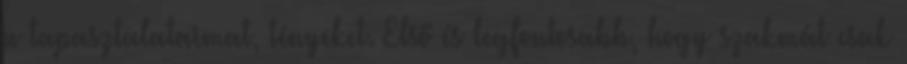
a tapasztalataimat, tényeket. Első és legfontosabb, hogy szakmát csak